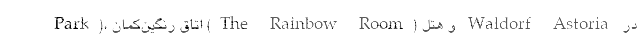
Park)، اتاق رنگین‌کمان (The Rainbow Room) و هتل Waldorf Astoria در